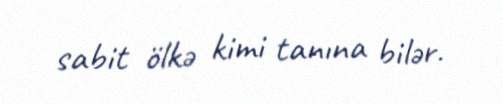
sabit ölkə kimi tanına bilər.